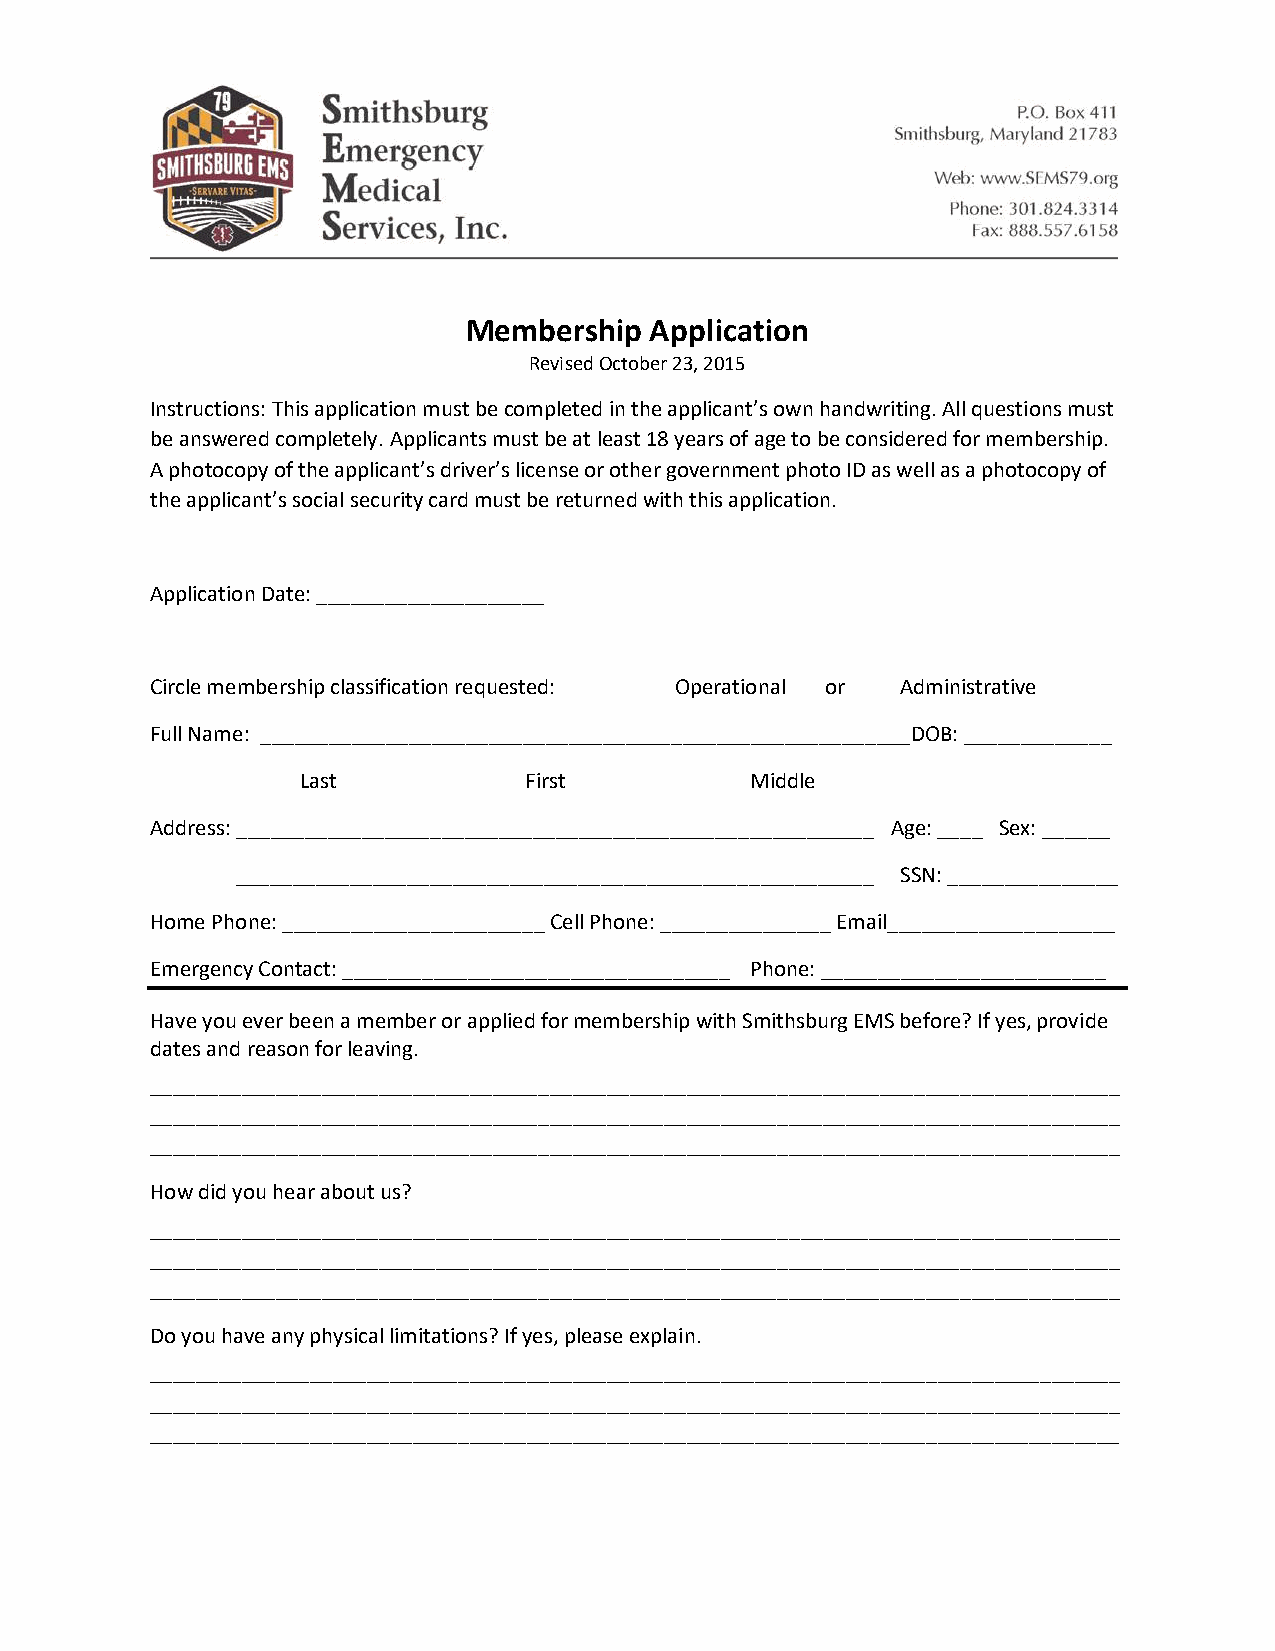
Membership  Application
 Revised October 23, 2015
 Instructions: This application must be completed in the applicant’s own handwriting. All questions must
 be answered completely. Applicants must be at least 18 years of age to be considered for membership.
 A photocopy of the applicant’s driver’s license or other government photo ID as well as a photocopy of
 the applicant’s social security card must be returned with this application.
 Application Date: ____________________
 Circle membership classification requested: Operational or Administrative
 Full Name: _________________________________________________________DOB: _____________
 Last           First          Middle
 Address: ________________________________________________________ Age: ____ Sex: ______
 ________________________________________________________ SSN: _______________
 Home Phone: _______________________ Cell Phone: _______________ Email____________________
 Emergency Contact: __________________________________ Phone: _________________________
 Have you ever been a member or applied for membership with Smithsburg EMS before? If yes, provide
 dates and reason for leaving.
 _____________________________________________________________________________________
 _____________________________________________________________________________________
 _____________________________________________________________________________________
 How did you hear about us?
 _____________________________________________________________________________________
 _____________________________________________________________________________________
 _____________________________________________________________________________________
 Do you have any physical limitations? If yes, please explain.
 _____________________________________________________________________________________
 _____________________________________________________________________________________
 _____________________________________________________________________________________